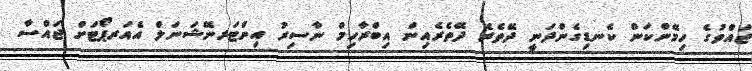
ޖައްވުގެ ހިމޭންކަން ކެނޑިގެންދަނީ ދޭތެރެ ދޭތެރެއިން އިބްރާހިމް ނާސިރު އިންޓަރނޭޝަނަލް އެއަރޕޯޓަށް ޖައްސާ